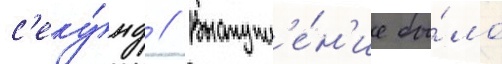
с'еку́нд // Выступл'е́н'ие бы́ло